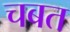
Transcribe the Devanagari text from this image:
चबत